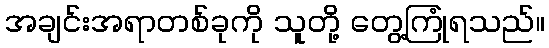
အချင်းအရာတစ်ခုကို သူတို့ တွေ့ကြုံရသည်။